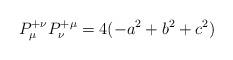
LaTeX: \begin{align*}P_{\mu }^{+\nu }P_{\nu }^{+\mu }=4(-a^{2}+b^{2}+c^{2}) \end{align*}